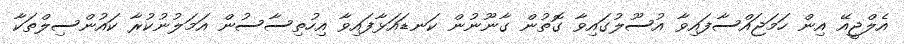
އެލްޖީއޭ އިން ހަމަޖައްސާފައިވާ އުސޫލުގައިވާ ގޮތުން ގާނޫނުން ކަނޑައަޅާފައިވާ އިހުތިސާސުން އަމަލުނުކުރާ ކައުންސިލްތަކާ